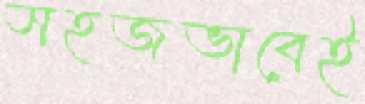
সহজভাবেই